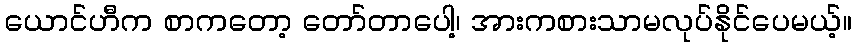
ယောင်ဟီက စာကတော့ တော်တာပေါ့၊ အားကစားသာမလုပ်နိုင်ပေမယ့်။